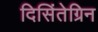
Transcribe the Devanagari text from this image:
दिसिंतेग्रिन